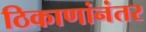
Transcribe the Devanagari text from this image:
ठिकाणांनंतर